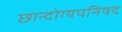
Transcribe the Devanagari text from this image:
छान्दोग्यपनिषद